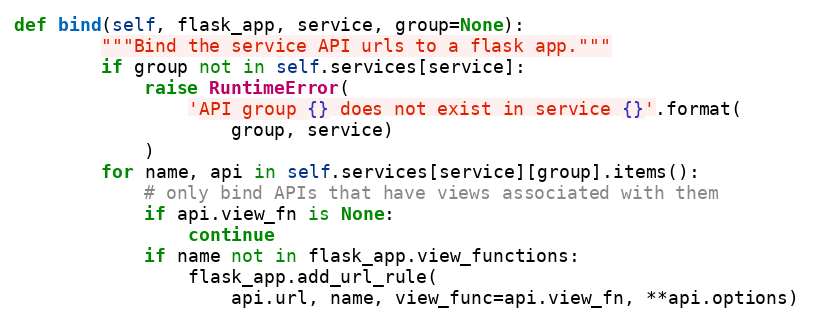
Language: Python
def bind(self, flask_app, service, group=None):
        """Bind the service API urls to a flask app."""
        if group not in self.services[service]:
            raise RuntimeError(
                'API group {} does not exist in service {}'.format(
                    group, service)
            )
        for name, api in self.services[service][group].items():
            # only bind APIs that have views associated with them
            if api.view_fn is None:
                continue
            if name not in flask_app.view_functions:
                flask_app.add_url_rule(
                    api.url, name, view_func=api.view_fn, **api.options)